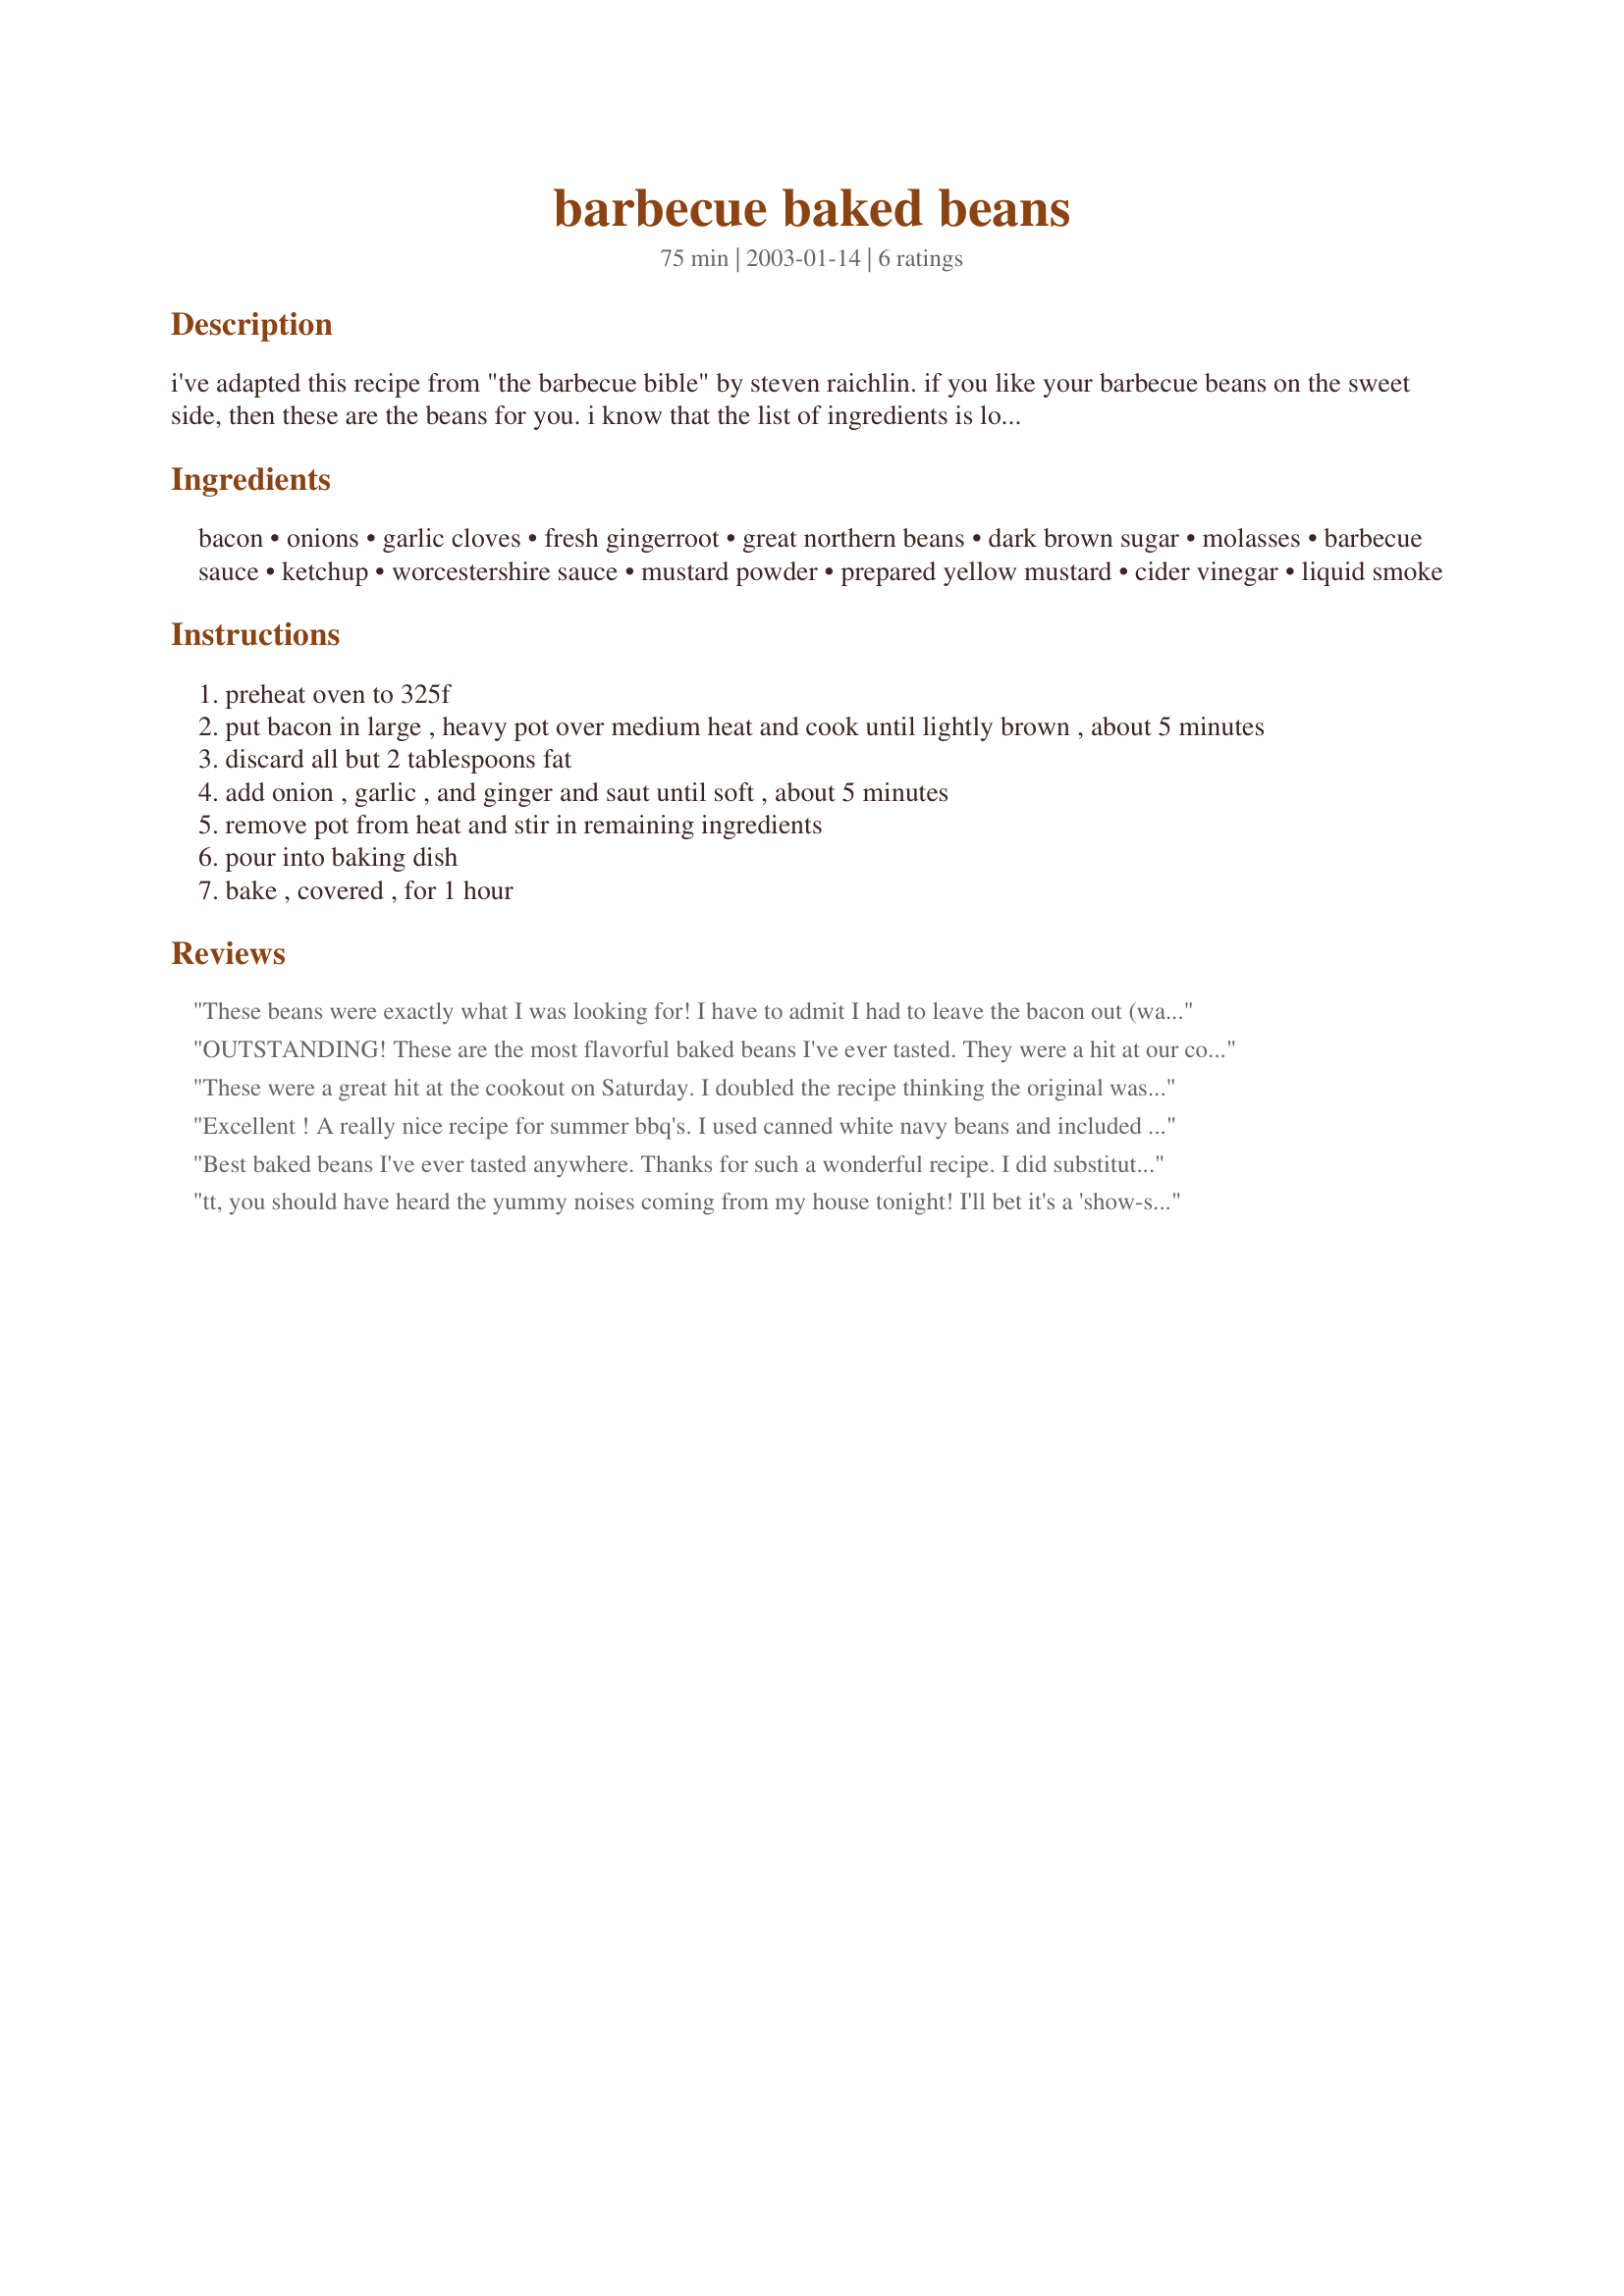
barbecue baked beans
Preparation time: 75 minutes

i've adapted this recipe from "the barbecue bible" by steven raichlin. if you like your barbecue beans on the sweet side, then these are the beans for you. i know that the list of ingredients is long, but most of them are probably already in your pantry. don't be tempted to leave out the fresh garlic or fresh gingerroot--it makes a difference. this is mandatory with our ribs--all you need is a potato salad and coleslaw and you're all set.

Ingredients:
bacon, onions, garlic cloves, fresh gingerroot, great northern beans, dark brown sugar, molasses, barbecue sauce, ketchup, worcestershire sauce, mustard powder, prepared yellow mustard, cider vinegar, liquid smoke

Steps:
preheat oven to 325f
put bacon in large , heavy pot over medium heat and cook until lightly brown , about 5 minutes
discard all but 2 tablespoons fat
add onion , garlic , and ginger and saut until soft , about 5 minutes
remove pot from heat and stir in remaining ingredients
pour into baking dish
bake , covered , for 1 hour

Reviews:
These beans were exactly what I was looking for! I have to admit I had to leave the bacon out (wasn't sure if mine was still fresh) and added 1/4 cup of pineapple tidbits. The sauce ingredients made for a delicious zesty sauce. I'll definitely make this again!

Update: I made it this time per the recipe (with bacon and minus the pineapple) and it really was better this way! The ginger really combines nicely with the bacon. My husband really liked these, too. Thanks again!

Roxygirl in Colo.
OUTSTANDING! These are the most flavorful baked beans I've ever tasted. They were a hit at our cookout. I made them the night before and the aroma alone made me hungry. I just HAD to have some right away. I didn't find it too sweet at all, perfect blend of sweet and tangy. I doubled the recipe and baked in a glass 9x13 dish. Tasted even better the next day. Thanks tt :-)
These were a great hit at the cookout on Saturday. I doubled the recipe thinking the original wasn't going to be big enough. It all went - fast!!!

I did the whole thing start to finish in a cast iron Dutch oven. Just spooned off the bacon fat until there was "about that much" remaining and then added and mixed the remaining ingredients and put the whole thing in the oven. 

Even the preacher raved about the beans. Don't know if he appreciated them as much during the sermon on Sunday, but didn't dare ask...
Excellent ! A really nice recipe for summer bbq's.

I used canned white navy beans and included the liquid smoke. I may have gotten a little carried away with the ginger since I didn't measure it while grating. I thought it was too gingery, but the guests at the bbq really liked it as is and commented that the ginger gave it a 'fresh' taste. It wasn't as sweet as I'd anticipated, but I could probably fiddle with the ingredients a bit (e.g., eliminate the liquid smoke) to turn up the sweetness. 

Guests were asking me for the recipe, so I think that qualifies it as a winner - thanks for sharing it tt !!!
Best baked beans I've ever tasted anywhere. Thanks for such a wonderful recipe. I did substitute 1 lb. dried Great Northern beans & cooked them almost tender with enough water to cover before adding the seasonings, then transferred to a large crockpot. For a real taste treat, use DiB's recipe #18873 in place of the barbecue sauce and ketchup.
tt, you should have heard the yummy noises coming from my house tonight! I'll bet it's a 'show-stealer' at any bbq. I can hardly wait for those summer gatherings! To make it gluten-free, per my diet, I used Lea & Perrins Worcestershire and a pure mustard powder (Coleman's contains wheat). (UPDATE: COLEMAN'S IS NOW GF) I used Sweet Baby Ray's BBQ sauce, because that's what I had, and fresh onions, garlic, and gingerroot. It's a very fine balance of many flavors, like a deliciously complex wine. : ) (Never thought I'd compare bbq baked beans with wine. LOL) Thanks tt!
